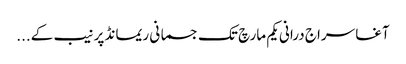
آغا سراج درانی یکم مارچ تک جسمانی ریمانڈ پر نیب کے...